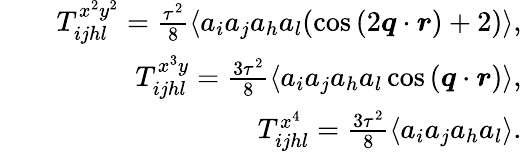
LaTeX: \begin{array}{rlr}&{}&{T_{ijhl}^{x^{2}y^{2}}=\frac{\tau^{2}}{8}\langle a_{i}a_{j}a_{h}a_{l}(\cos{(2\boldsymbol{q}\cdot\boldsymbol{r})}+2)\rangle,}\\ &{}&{T_{ijhl}^{x^{3}y}=\frac{3\tau^{2}}{8}\langle a_{i}a_{j}a_{h}a_{l}\cos{(\boldsymbol{q}\cdot\boldsymbol{r})}\rangle,}\\ &{}&{T_{ijhl}^{x^{4}}=\frac{3\tau^{2}}{8}\langle a_{i}a_{j}a_{h}a_{l}\rangle.}\end{array}